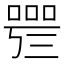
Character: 𠻰